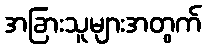
အခြားသူများအတွက်